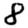
Digit: 8